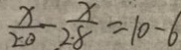
\frac { x } { 2 0 } - \frac { x } { 2 8 } = 1 0 - 6